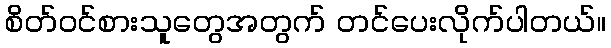
စိတ်ဝင်စားသူတွေအတွက် တင်ပေးလိုက်ပါတယ်။